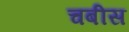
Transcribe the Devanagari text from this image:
चबीस